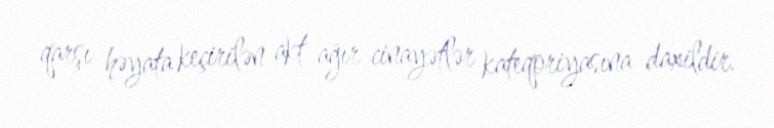
qarşı həyata keçirilən akt ağır cinayətlər kateqoriyasına daxildir.